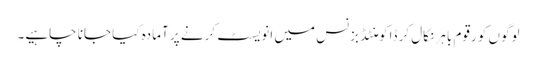
لوگوں کو رقوم باہر نکال کر ڈاکومنٹڈ بزنس میں انویسٹ کرنے پر آمادہ کیا جانا چاہیے۔